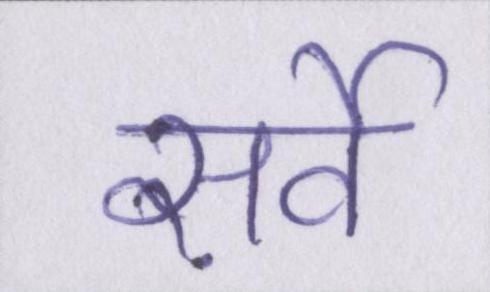
सर्वे